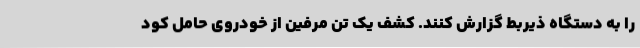
را به دستگاه ذیربط گزارش کنند. کشف یک تن مرفین از خودروی حامل کود